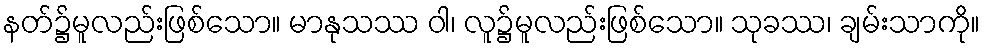
နတ်၌မူလည်းဖြစ်သော။ မာနုသဿ ဝါ၊ လူ၌မူလည်းဖြစ်သော။ သုခဿ၊ ချမ်းသာကို။